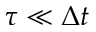
\tau \ll \Delta t